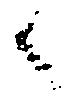
々